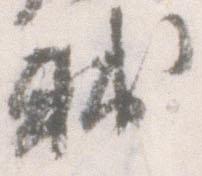
輔